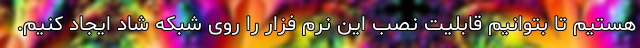
هستیم تا بتوانیم قابلیت نصب این نرم فزار را روی شبکه شاد ایجاد کنیم.